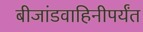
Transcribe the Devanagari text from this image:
बीजांडवाहिनीपर्यंत